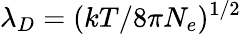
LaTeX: \lambda_{D}=(kT/8\pi N_{e})^{1/2}